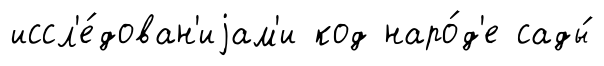
иссл'е́дован'иjам'и код наро́д'е сады́